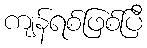
ကျန်ရစ်ဖြစ်ပြီ